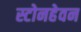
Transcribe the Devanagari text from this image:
स्टोनहेवन